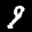
Label: 9